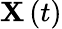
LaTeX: \mathbf{X}\left(t\right)